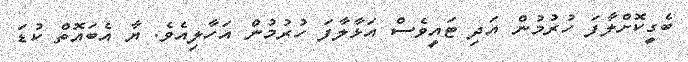
ބެގީކޮށްލާފަ ހުރުމުން އަދި ޓައީވެސް އަޅާލާފަ ހުރުމުން އަހާލިއެވެ. ޔާ އެބައޮތް ކުޑަ